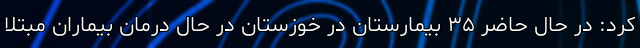
کرد: در حال حاضر ۳۵ بیمارستان در خوزستان در حال درمان بیماران مبتلا